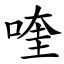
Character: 喹